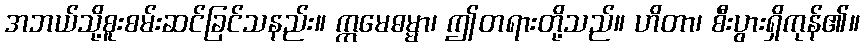
အဘယ်သို့စူးစမ်းဆင်ခြင်သနည်း။ ဣမေဓမ္မာ၊ ဤတရားတို့သည်။ ဟိတာ၊ စီးပွားရှိကုန်၏။